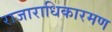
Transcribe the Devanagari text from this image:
राजाराधिकारमण